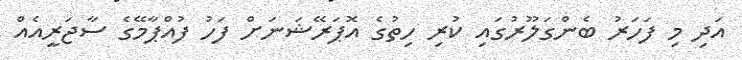
އަދި މި ފަހަރު ބެންގަލޫރުގައި ކުރި ހިތުގެ އޮޕަރޭޝަނަށް ފަހު ފުއްޕާމޭގެ ސާޖަރީއެއް